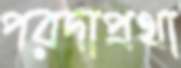
পরদাপ্রথা